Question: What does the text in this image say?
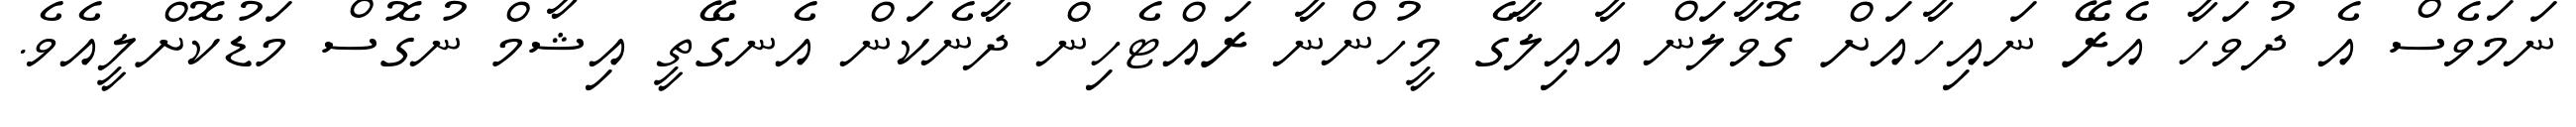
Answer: ނަމަވެސް އެ ދުވަހާ އެރޭ ނައިހާއަށް ގޮވާލަން އާއިލާގެ މީހުންނާ ރައްޓެހިން ދާނެކަން އެނގޭތީ އިޝާމް ނުގޮސް މަޑުކޮށްލީއެވެ.